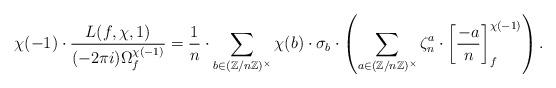
LaTeX: \begin{align*} \chi(-1) \cdot \frac{L(f,\chi, 1)}{(-2\pi i) \Omega^{\chi(-1)}_{f}} = \frac{1}{n} \cdot \sum_{b \in (\mathbb{Z}/n\mathbb{Z})^\times} \chi(b) \cdot \sigma_b \cdot \left( \sum_{a \in (\mathbb{Z}/n\mathbb{Z})^\times} \zeta^{a}_n \cdot \left[ \frac{-a}{n} \right]^{\chi(-1)}_{f} \right) .\end{align*}